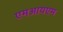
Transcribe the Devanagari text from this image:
एमआयएम